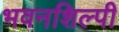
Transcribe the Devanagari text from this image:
भवनशिल्पी